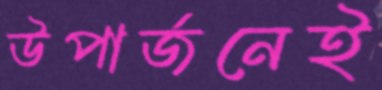
উপার্জনেই